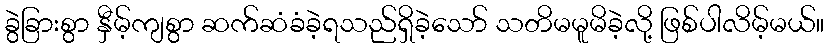
ခွဲခြားစွာ နှီမ့်ကျစွာ ဆက်ဆံခံခဲ့ရသည်ရှိခဲ့သော် သတိမမူမိခဲ့လို့ ဖြစ်ပါလိမ့်မယ်။